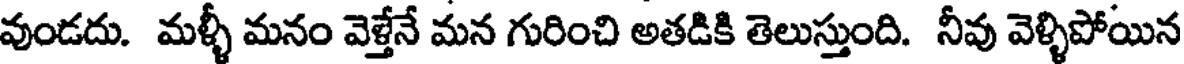
వుండదు. మళ్ళీ మనం వెళ్తేనే మన గురించి అతడికి తెలుస్తుంది. నీవు వెళ్ళిపోయిన